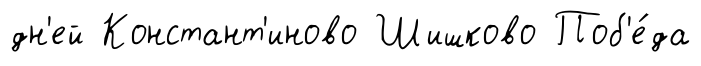
дн'ей Констант'иново Шишково Поб'е́да